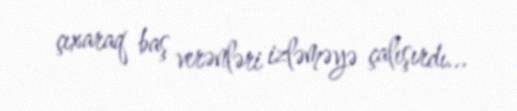
çıxaraq baş verənləri izləməyə çalışırdı...